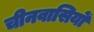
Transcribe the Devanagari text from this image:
चीनवासियों